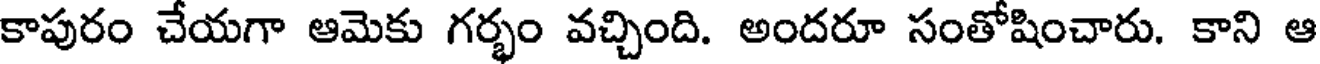
కాపురం చేయగా ఆమెకు గర్భం వచ్చింది. అందరూ సంతోషించారు. కాని ఆ